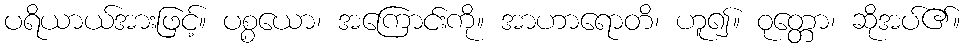
ပရိယာယ်အားဖြင့်။ ပစ္စယော၊ အကြောင်းကို။ အာဟာရောတိ၊ ဟူ၍။ ဝုတ္တော၊ ဆိုအပ်၏။